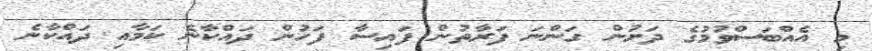
މި އެއްބަސްވުމުގެ ދަށުން ގަންނަ ފަރާތުން ފައިސާ ފަހުން ދައްކާނެ ކަމާއި ދައްކާނެ